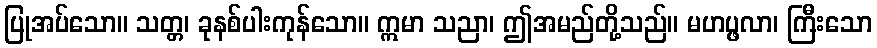
ပြုအပ်သော။ သတ္တ၊ ခုနစ်ပါးကုန်သော။ ဣမာ သညာ၊ ဤအမည်တို့သည်။ မဟပ္ဖလာ၊ ကြီးသော